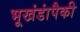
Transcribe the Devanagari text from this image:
भूखंडांपैकी